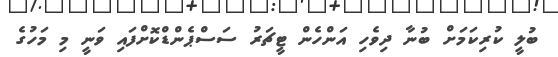
ބުލީ ކުރިކަމަށް ބުނާ ދިވެހި އަންހެން ޓީޗަރު ސަސްޕެންޑްކޮށްފައި ވަނީ މި މަހުގެ